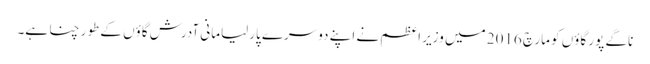
ناگے پور گاؤں کو مارچ 2016 میں وزیر اعظم نے اپنے دوسرے پارلیامانی آدرش گاؤں کے طور چنا ہے۔